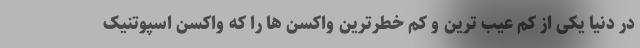
در دنیا یکی از کم عیب ترین و کم خطرترین واکسن ها را که واکسن اسپوتنیک